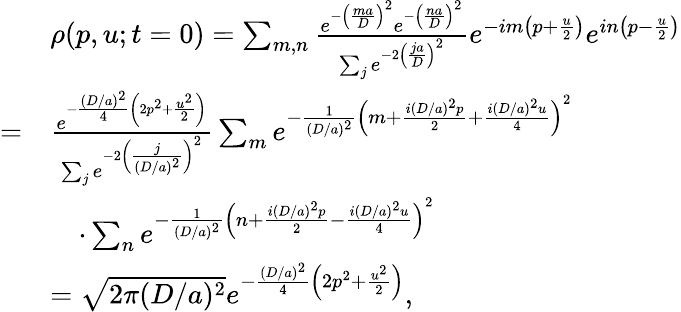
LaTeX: \begin{array}{rl}&{\rho(p,u;t=0)=\sum_{m,n}\frac{e^{-\left(\frac{ma}{D}\right)^{2}}e^{-\left(\frac{na}{D}\right)^{2}}}{\sum_{j}e^{-2\left(\frac{ja}{D}\right)^{2}}}e^{-im\left(p+\frac{u}{2}\right)}e^{in\left(p-\frac{u}{2}\right)}}\\ {=}&{\frac{e^{-\frac{(D/a)^{2}}{4}\left(2p^{2}+\frac{u^{2}}{2}\right)}}{\sum_{j}e^{-2\left(\frac{j}{(D/a)^{2}}\right)^{2}}}\sum_{m}e^{-\frac{1}{(D/a)^{2}}\left(m+\frac{i(D/a)^{2}p}{2}+\frac{i(D/a)^{2}u}{4}\right)^{2}}}\\ &{\quad\cdot\sum_{n}e^{-\frac{1}{(D/a)^{2}}\left(n+\frac{i(D/a)^{2}p}{2}-\frac{i(D/a)^{2}u}{4}\right)^{2}}}\\ &{=\sqrt{2\pi(D/a)^{2}}e^{-\frac{(D/a)^{2}}{4}\left(2p^{2}+\frac{u^{2}}{2}\right)},}\end{array}